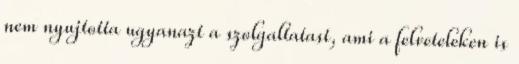
nem nyujtotta ugyanazt a szolgaltatast, ami a felveteleken is